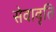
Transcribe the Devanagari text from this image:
सेवावृति